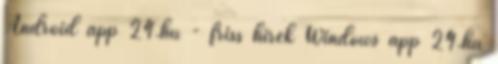
Android app 24.hu - friss hírek Windows app 24.hu